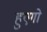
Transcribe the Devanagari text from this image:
हुएगो